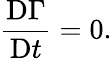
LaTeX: {\frac{\mathrm{D}\Gamma}{\mathrm{D}t}}=0.